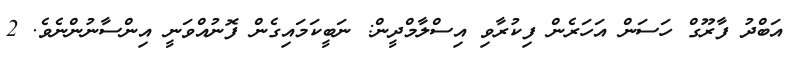
އަބްދު ފާރޫގް ހަސަން އަހަރެން ފިކުރާވި އިސްލާމްދީން: ނަބީކަމައިގެން ފޮނުއްވަނީ އިންސާނުންނެވެ. 2